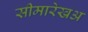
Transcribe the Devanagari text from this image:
सीमारेखअ